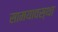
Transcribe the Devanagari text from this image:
सामयावस्था